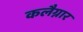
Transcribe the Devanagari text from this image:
कलैग्नार